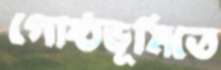
গোষ্ঠভূমিতে